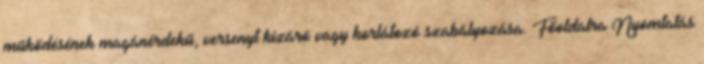
működésének magánérdekű, versenyt kizáró vagy korlátozó szabályozása. Főoldalra Nyomtatás